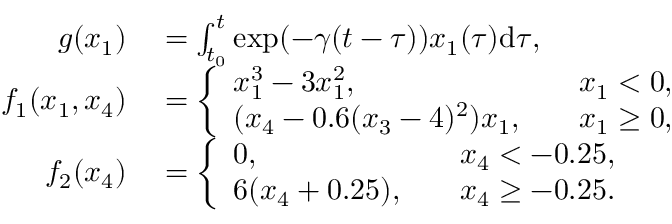
\begin{array} { r l } { g ( x _ { 1 } ) } & { { } = \int _ { t _ { 0 } } ^ { t } \exp ( - \gamma ( t - \tau ) ) x _ { 1 } ( \tau ) \mathrm { d } { \tau } , } \\ { f _ { 1 } ( x _ { 1 } , x _ { 4 } ) } & { { } = \left\{ \begin{array} { l l } { x _ { 1 } ^ { 3 } - 3 x _ { 1 } ^ { 2 } , \quad } & { x _ { 1 } < 0 , } \\ { ( x _ { 4 } - 0 . 6 ( x _ { 3 } - 4 ) ^ { 2 } ) x _ { 1 } , \quad } & { x _ { 1 } \geq 0 , } \end{array} \right. } \\ { f _ { 2 } ( x _ { 4 } ) } & { { } = \left\{ \begin{array} { l l } { 0 , \quad } & { x _ { 4 } < - 0 . 2 5 , } \\ { 6 ( x _ { 4 } + 0 . 2 5 ) , \quad } & { x _ { 4 } \geq - 0 . 2 5 . } \end{array} \right. } \end{array}